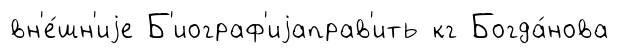
вн'е́шн'иjе Б'иограф'иjаправ'ить кг Богда́нова